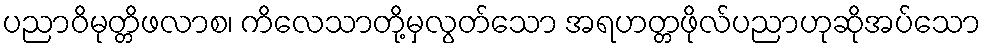
ပညာဝိမုတ္တိဖလာစ၊ ကိလေသာတို့မှလွတ်သော အရဟတ္တဖိုလ်ပညာဟုဆိုအပ်သော